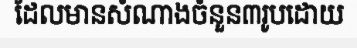
ដែលមានសំណាងចំនួន៣រូបដោយ